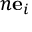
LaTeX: n \mathbf { e } _ { i }